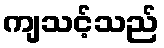
ကျသင့်သည်